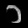
Digit: ၁